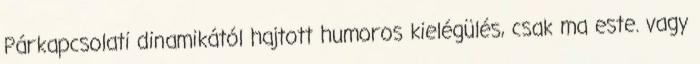
Párkapcsolati dinamikától hajtott humoros kielégülés, csak ma este. vagy